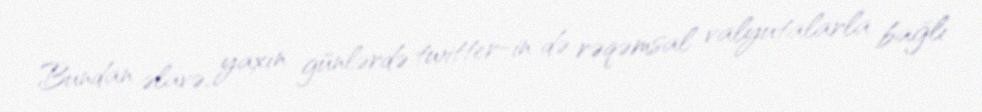
Bundan əlavə, yaxın günlərdə twitter-in də rəqəmsal valyutalarla bağlı